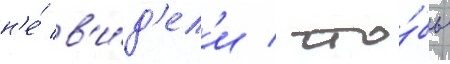
н'е́ в'и́д'ел'и / что́бы